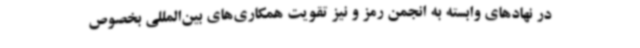
در نهادهای وابسته به انجمن رمز و نیز تقویت همکاری‌های بین‌المللی بخصوص